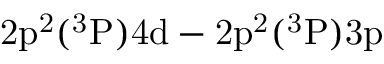
\mathrm { 2 p ^ { 2 } ( ^ { 3 } P ) 4 d - 2 p ^ { 2 } ( ^ { 3 } P ) 3 p }